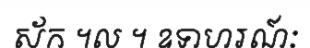
ស័ក ។ល ។ ឧទាហរណ៍ៈ